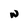
Character: N